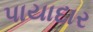
પાયાદાર